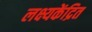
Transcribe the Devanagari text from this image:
लक्ष्यकेंद्रित